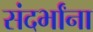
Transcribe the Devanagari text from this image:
संदर्भांना